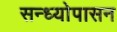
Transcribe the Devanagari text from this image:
सन्ध्याेपासन